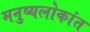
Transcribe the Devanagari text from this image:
मनुष्यलोकांत